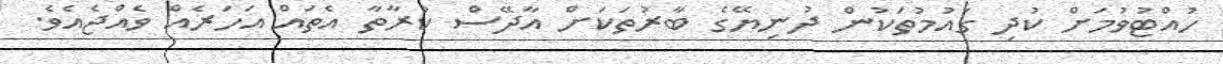
ހުއްޓުވުމަށް ކުދި ގައުމުތަކުން ދުނިޔޭގެ ބާރުތަކަށް އާދޭސް ކުރާތާ އެތައް އަހަރެއް ވެއްޖެއެވެ.